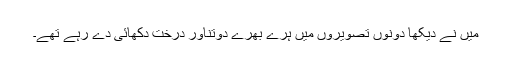
میں نے دیکھا دونوں تصویروں میں ہرے بھرے دوتناور درخت دکھائی دے رہے تھے۔